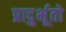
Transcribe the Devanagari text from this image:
प्रादुर्भूतो